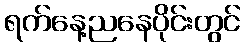
ရက်နေ့ညနေပိုင်းတွင်